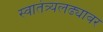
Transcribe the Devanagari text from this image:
स्वातंत्र्यलढ्यावर